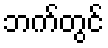
ဘက်တွင်